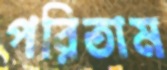
পরিতাম